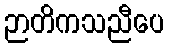
ဉာတိကသညီပေ